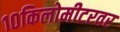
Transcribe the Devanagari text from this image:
१०किलोमीटरवर